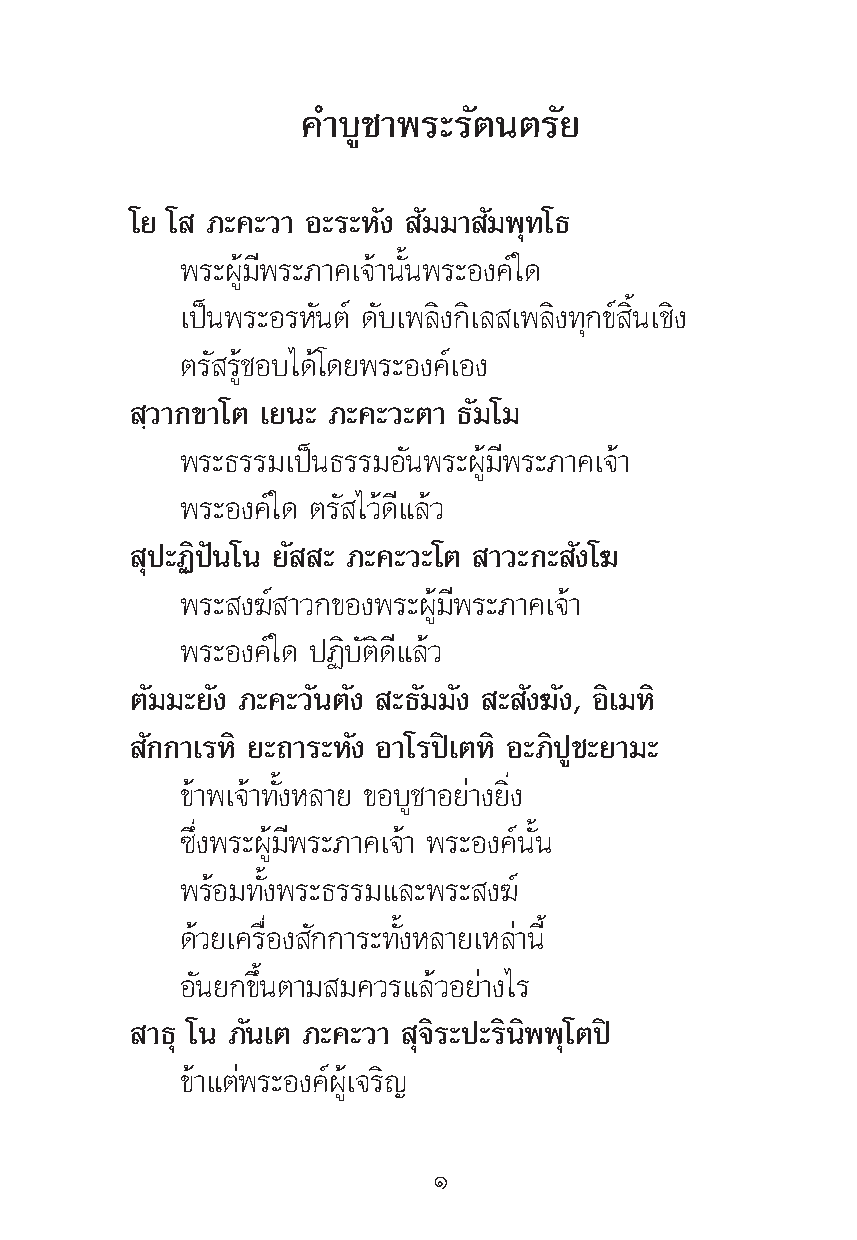
§”∫Ÿ™“æ√–√—μπμ√—¬
 ‚¬ ‚ ¿–§–«“ Õ–√–À—ß —¡¡“ —¡æÿ∑‚∏
 æ√–ºŸâ¡’æ√–¿“§‡®â“π—Èπæ√–Õß§å„¥
 ‡ªìπæ√–Õ√À—πμå ¥—∫‡æ≈‘ß°‘‡≈ ‡æ≈‘ß∑ÿ°¢å ‘Èπ‡™‘ß
 μ√— √Ÿâ™Õ∫‰¥â‚¥¬æ√–Õß§å‡Õß
 ⁄«“°¢“‚μ ‡¬π– ¿–§–«–μ“ ∏—¡‚¡
 æ√–∏√√¡‡ªìπ∏√√¡Õ—πæ√–ºŸâ¡’æ√–¿“§‡®â“
 æ√–Õß§å„¥ μ√— ‰«â¥’·≈â«
 ÿª–Ø‘ªíπ‚π ¬— – ¿–§–«–‚μ “«–°– —ß‚¶
 æ√– ß¶å “«°¢Õßæ√–ºŸâ¡’æ√–¿“§‡®â“
 æ√–Õß§å„¥ ªØ‘∫—μ‘¥’·≈â«
 μ—¡¡–¬—ß ¿–§–«—πμ—ß –∏—¡¡—ß – —ß¶—ß, Õ‘‡¡À‘
 —°°“‡√À‘ ¬–∂“√–À—ß Õ“‚√ªî‡μÀ‘ Õ–¿‘ªŸ™–¬“¡–
 ¢â“æ‡®â“∑—ÈßÀ≈“¬ ¢Õ∫Ÿ™“Õ¬à“ß¬‘Ëß
 ´÷Ëßæ√–ºŸâ¡’æ√–¿“§‡®â“ æ√–Õß§åπ—Èπ
 æ√âÕ¡∑—Èßæ√–∏√√¡·≈–æ√– ß¶å
 ¥â«¬‡§√◊ËÕß —°°“√–∑—ÈßÀ≈“¬‡À≈à“π’È
 Õ—π¬°¢÷Èπμ“¡ ¡§«√·≈â«Õ¬à“ß‰√
 “∏ÿ ‚π ¿—π‡μ ¿–§–«“ ÿ®‘√–ª–√‘π‘ææÿ‚μªî
 ¢â“·μàæ√–Õß§åºŸâ‡®√‘≠
 Ò